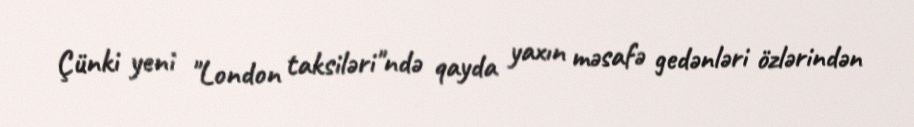
Çünki yeni "London taksiləri"ndə qayda yaxın məsafə gedənləri özlərindən